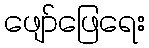
ဖျော်ဖြေရေး